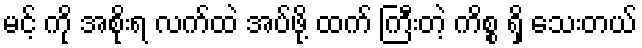
မင့် ကို အစိုးရ လက်ထဲ အပ်ဖို့ ထက် ကြီးတဲ့ ကိစ္စ ရှိ သေးတယ်